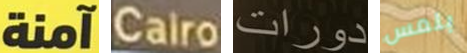
آمنة Cairo دورات بلمس